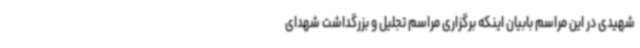
شهیدی در این مراسم بابیان اینکه برگزاری مراسم تجلیل و بزرگداشت شهدای